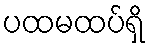
ပထမထပ်ရှိ